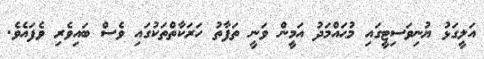
އަލީގަޅު ޔުނިވަސިޓީގައި މުޙައްމަދު އަމީން ވަނީ ތަފާތު ހަރަކާތްތަކުގައި ވެސް ބައިވެރި ވެފައެވެ.